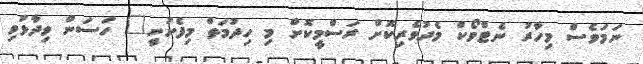
ނަމަވެސް މިހާރު ނެޓްވޯކް މެދުވެރިކޮށް ރަސްމީކޮށް މި ހިދުމަތް މިފެށުނީ" ހަސަން ވިދާޅުވި